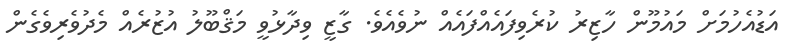
އަޑުއެހުމަށް މައުމޫން ހާޒިރު ކުރެވިފައެއްފައެއް ނުވެއެވެ. ގާޒީ ވިދާޅުވީ މަޤްބޫލު އުޒުރެއް މެދުވެރިވެގެން